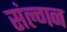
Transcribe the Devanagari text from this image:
संल्गन